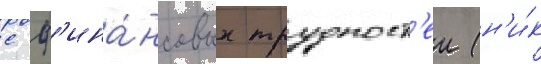
с ф'ина́нсовых трудност'еи (н'и́к